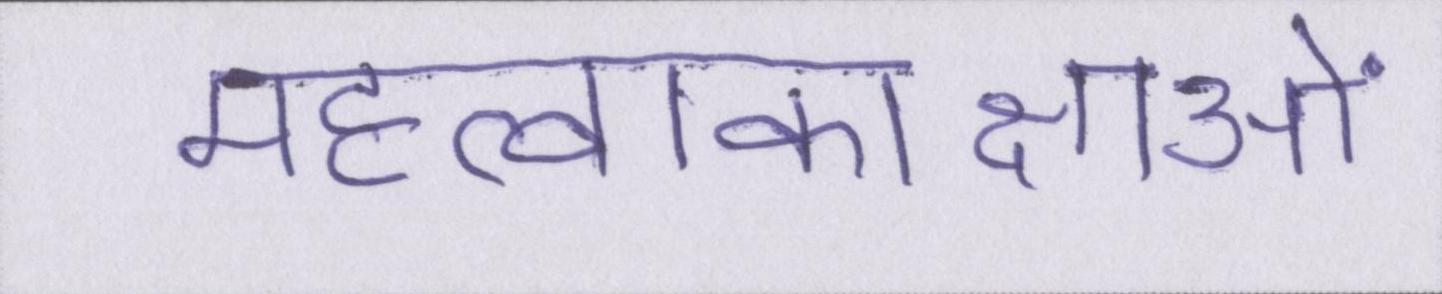
महत्वाकाक्षाओं